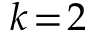
k \! = \! 2